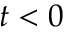
t < 0